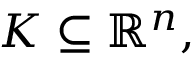
K \subseteq \mathbb { R } ^ { n } ,